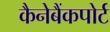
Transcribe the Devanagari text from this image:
कैनेबैंकपोर्ट